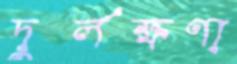
দুর্লক্ষণা